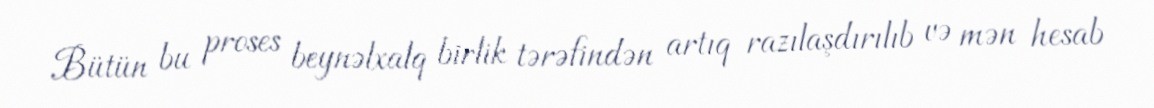
Bütün bu proses beynəlxalq birlik tərəfindən artıq razılaşdırılıb və mən hesab